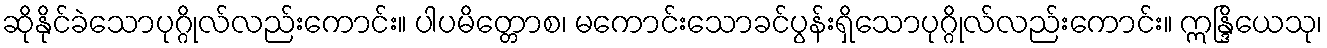
ဆိုနိုင်ခဲသောပုဂ္ဂိုလ်လည်းကောင်း။ ပါပမိတ္တောစ၊ မကောင်းသောခင်ပွန်းရှိသောပုဂ္ဂိုလ်လည်းကောင်း။ ဣန္ဒြိယေသု၊